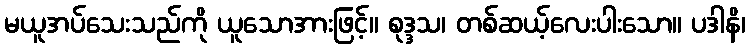
မယူအပ်သေးသည်ကို ယူသောအားဖြင့်။ စုဒ္ဒသ၊ တစ်ဆယ့်လေးပါးသော။ ပဒါနိ၊